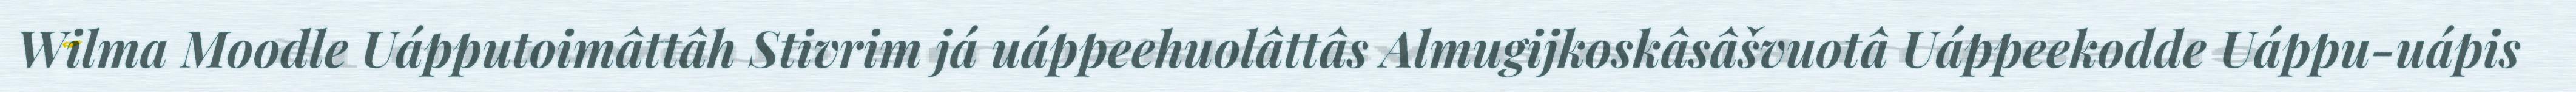
Wilma Moodle Uápputoimâttâh Stivrim já uáppeehuolâttâs Almugijkoskâsâšvuotâ Uáppeekodde Uáppu-uápis